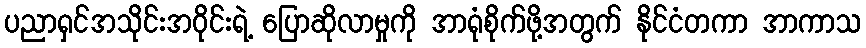
ပညာရှင်အသိုင်းအဝိုင်းရဲ့ ပြောဆိုလာမှုကို အာရုံစိုက်ဖို့အတွက် နိုင်ငံတကာ အာကာသ